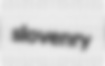
slovenry